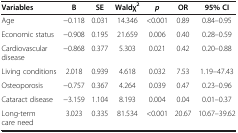
<table><thead><tr><td><b>Variables</b></td><td><b>B</b></td><td><b>SE</b></td><td><b>Waldχ<sup>2</sup></b></td><td><b><i>p</i></b></td><td><b>OR</b></td><td><b>95% CI</b></td></tr></thead><tbody><tr><td>Age</td><td>−0.118</td><td>0.031</td><td>14.346</td><td>&lt;0.001</td><td>0.89</td><td>0.84–0.95</td></tr><tr><td>Economic status</td><td>−0.908</td><td>0.195</td><td>21.659</td><td>0.006</td><td>0.40</td><td>0.28–0.59</td></tr><tr><td>Cardiovascular disease</td><td>−0.868</td><td>0.377</td><td>5.303</td><td>0.021</td><td>0.42</td><td>0.20–0.88</td></tr><tr><td>Living conditions</td><td>2.018</td><td>0.939</td><td>4.618</td><td>0.032</td><td>7.53</td><td>1.19–47.43</td></tr><tr><td>Osteoporosis</td><td>−0.757</td><td>0.367</td><td>4.264</td><td>0.039</td><td>0.47</td><td>0.23–0.96</td></tr><tr><td>Cataract disease</td><td>−3.159</td><td>1.104</td><td>8.193</td><td>0.004</td><td>0.04</td><td>0.01–0.37</td></tr><tr><td>Long-term care need</td><td>3.023</td><td>0.335</td><td>81.534</td><td>&lt;0.001</td><td>20.67</td><td>10.67–39.62</td></tr></tbody></table>